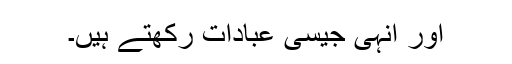
اور انہی جیسی عبادات رکھتے ہیں۔